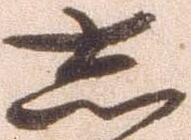
し